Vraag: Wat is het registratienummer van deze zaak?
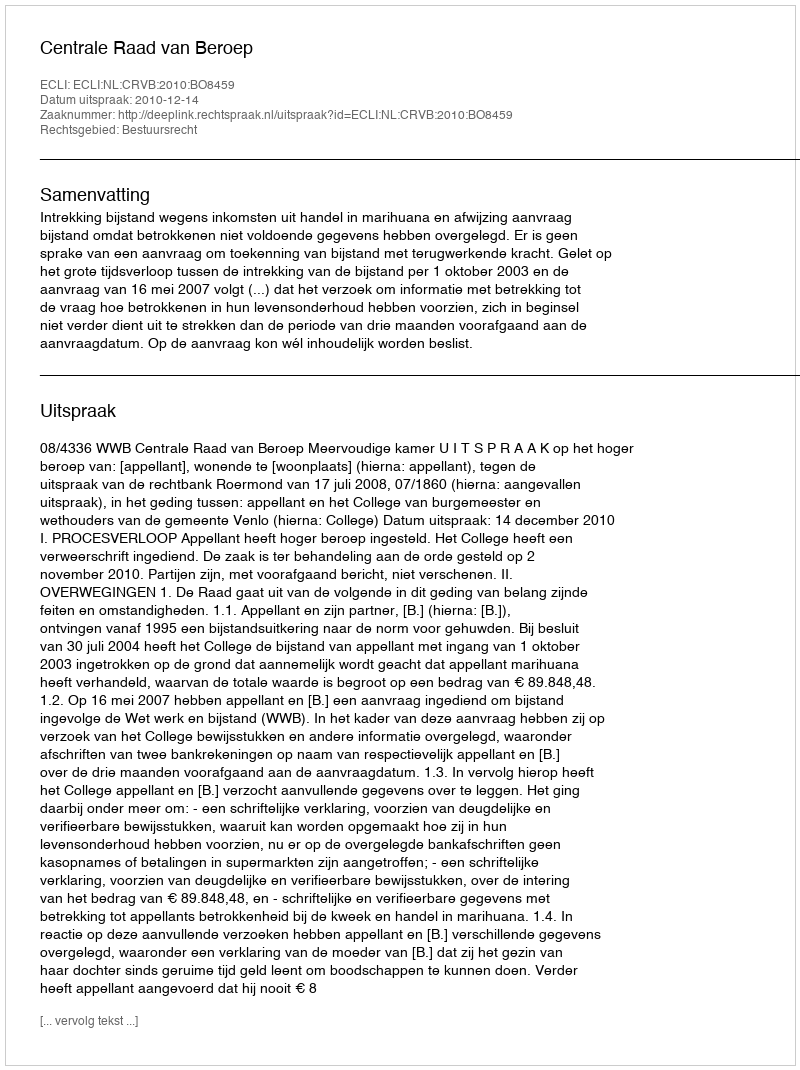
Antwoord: http://deeplink.rechtspraak.nl/uitspraak?id=ECLI:NL:CRVB:2010:BO8459